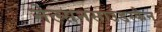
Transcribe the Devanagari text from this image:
नेल्सनसाउंडस्कैन